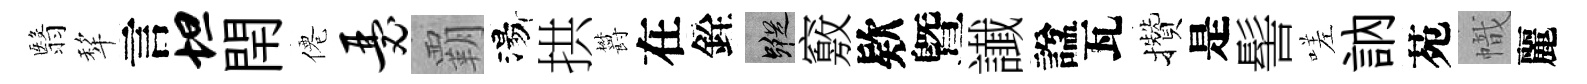
翳犂言坦閈僊瑟覇湯拱欝在銓蹤竅欵曁䜟諡瓦攢是髻嗟訥苑幟麗